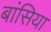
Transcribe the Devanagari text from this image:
बांसिया